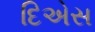
દિએસ